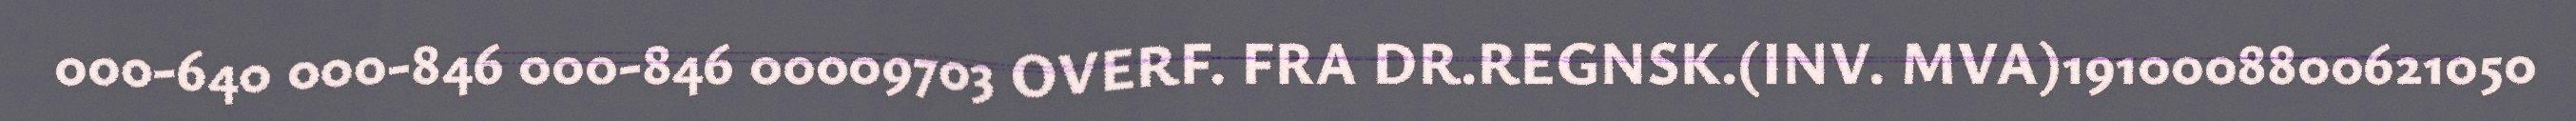
000-640 000-846 000-846 00009703 OVERF. FRA DR.REGNSK.(INV. MVA)1910008800621050